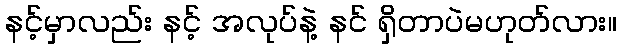
နင့်မှာလည်း နင့် အလုပ်နဲ့ နင် ရှိတာပဲမဟုတ်လား။